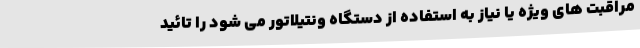
مراقبت های ویژه یا نیاز به استفاده از دستگاه ونتیلاتور می شود را تائید